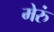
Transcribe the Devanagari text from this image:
मेरुं